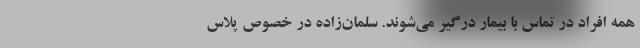
همه افراد در تماس با بیمار درگیر می‌شوند. سلمان‌زاده در خصوص پلاس